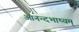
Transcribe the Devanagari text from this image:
आनन्दभाष्यम्